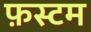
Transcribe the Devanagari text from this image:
फ़स्टम